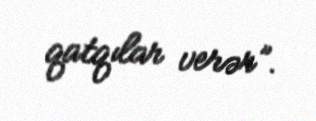
qatqılar verər”.